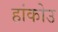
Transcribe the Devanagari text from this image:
हांकोउ